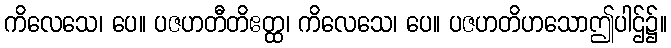
ကိလေသေ၊ ပေ။ ပဇဟတီတိဧတ္ထ၊ ကိလေသေ၊ ပေ။ ပဇဟတိဟသောဤပါဌ်၌။